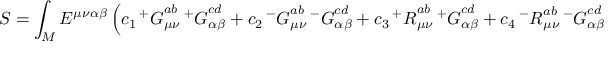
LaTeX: S = \int _ { M } E ^ { \mu \nu \alpha \beta } \left( c _ { 1 } \, { ^ + G } _ { \mu \nu } ^ { a b } \, { ^ + G } _ { \alpha \beta } ^ { c d } + c _ { 2 } \, { ^ - G } _ { \mu \nu } ^ { a b } \, { ^ - G } _ { \alpha \beta } ^ { c d } + c _ { 3 } \, { ^ + { \cal R } } _ { \mu \nu } ^ { a b } \, { ^ + G } _ { \alpha \beta } ^ { c d } + c _ { 4 } \, { ^ - { \cal R } } _ { \mu \nu } ^ { a b } \, { ^ - G } _ { \alpha \beta } ^ { c d } \right) \epsilon _ { a b c d }